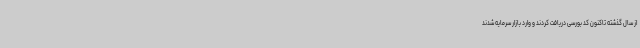
از سال گذشته تاکنون کد بورسی دریافت کردند و وارد بازار سرمایه شدند